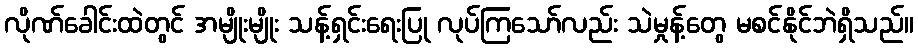
လိုဏ်ခေါင်းထဲတွင် အမျိုးမျိုး သန့်ရှင်းရေးပြု လုပ်ကြသော်လည်း သဲမှုန့်တွေ မစင်နိုင်ဘဲရှိသည်။